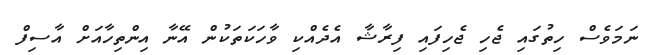
ނަމަވެސް ހިތުގައި ޖެހި ޖެހިފައި ފިރާޝާ އެދެއްކި ވާހަކަތަކުން އޭނާ އިންތިހާއަށް އާސިފް